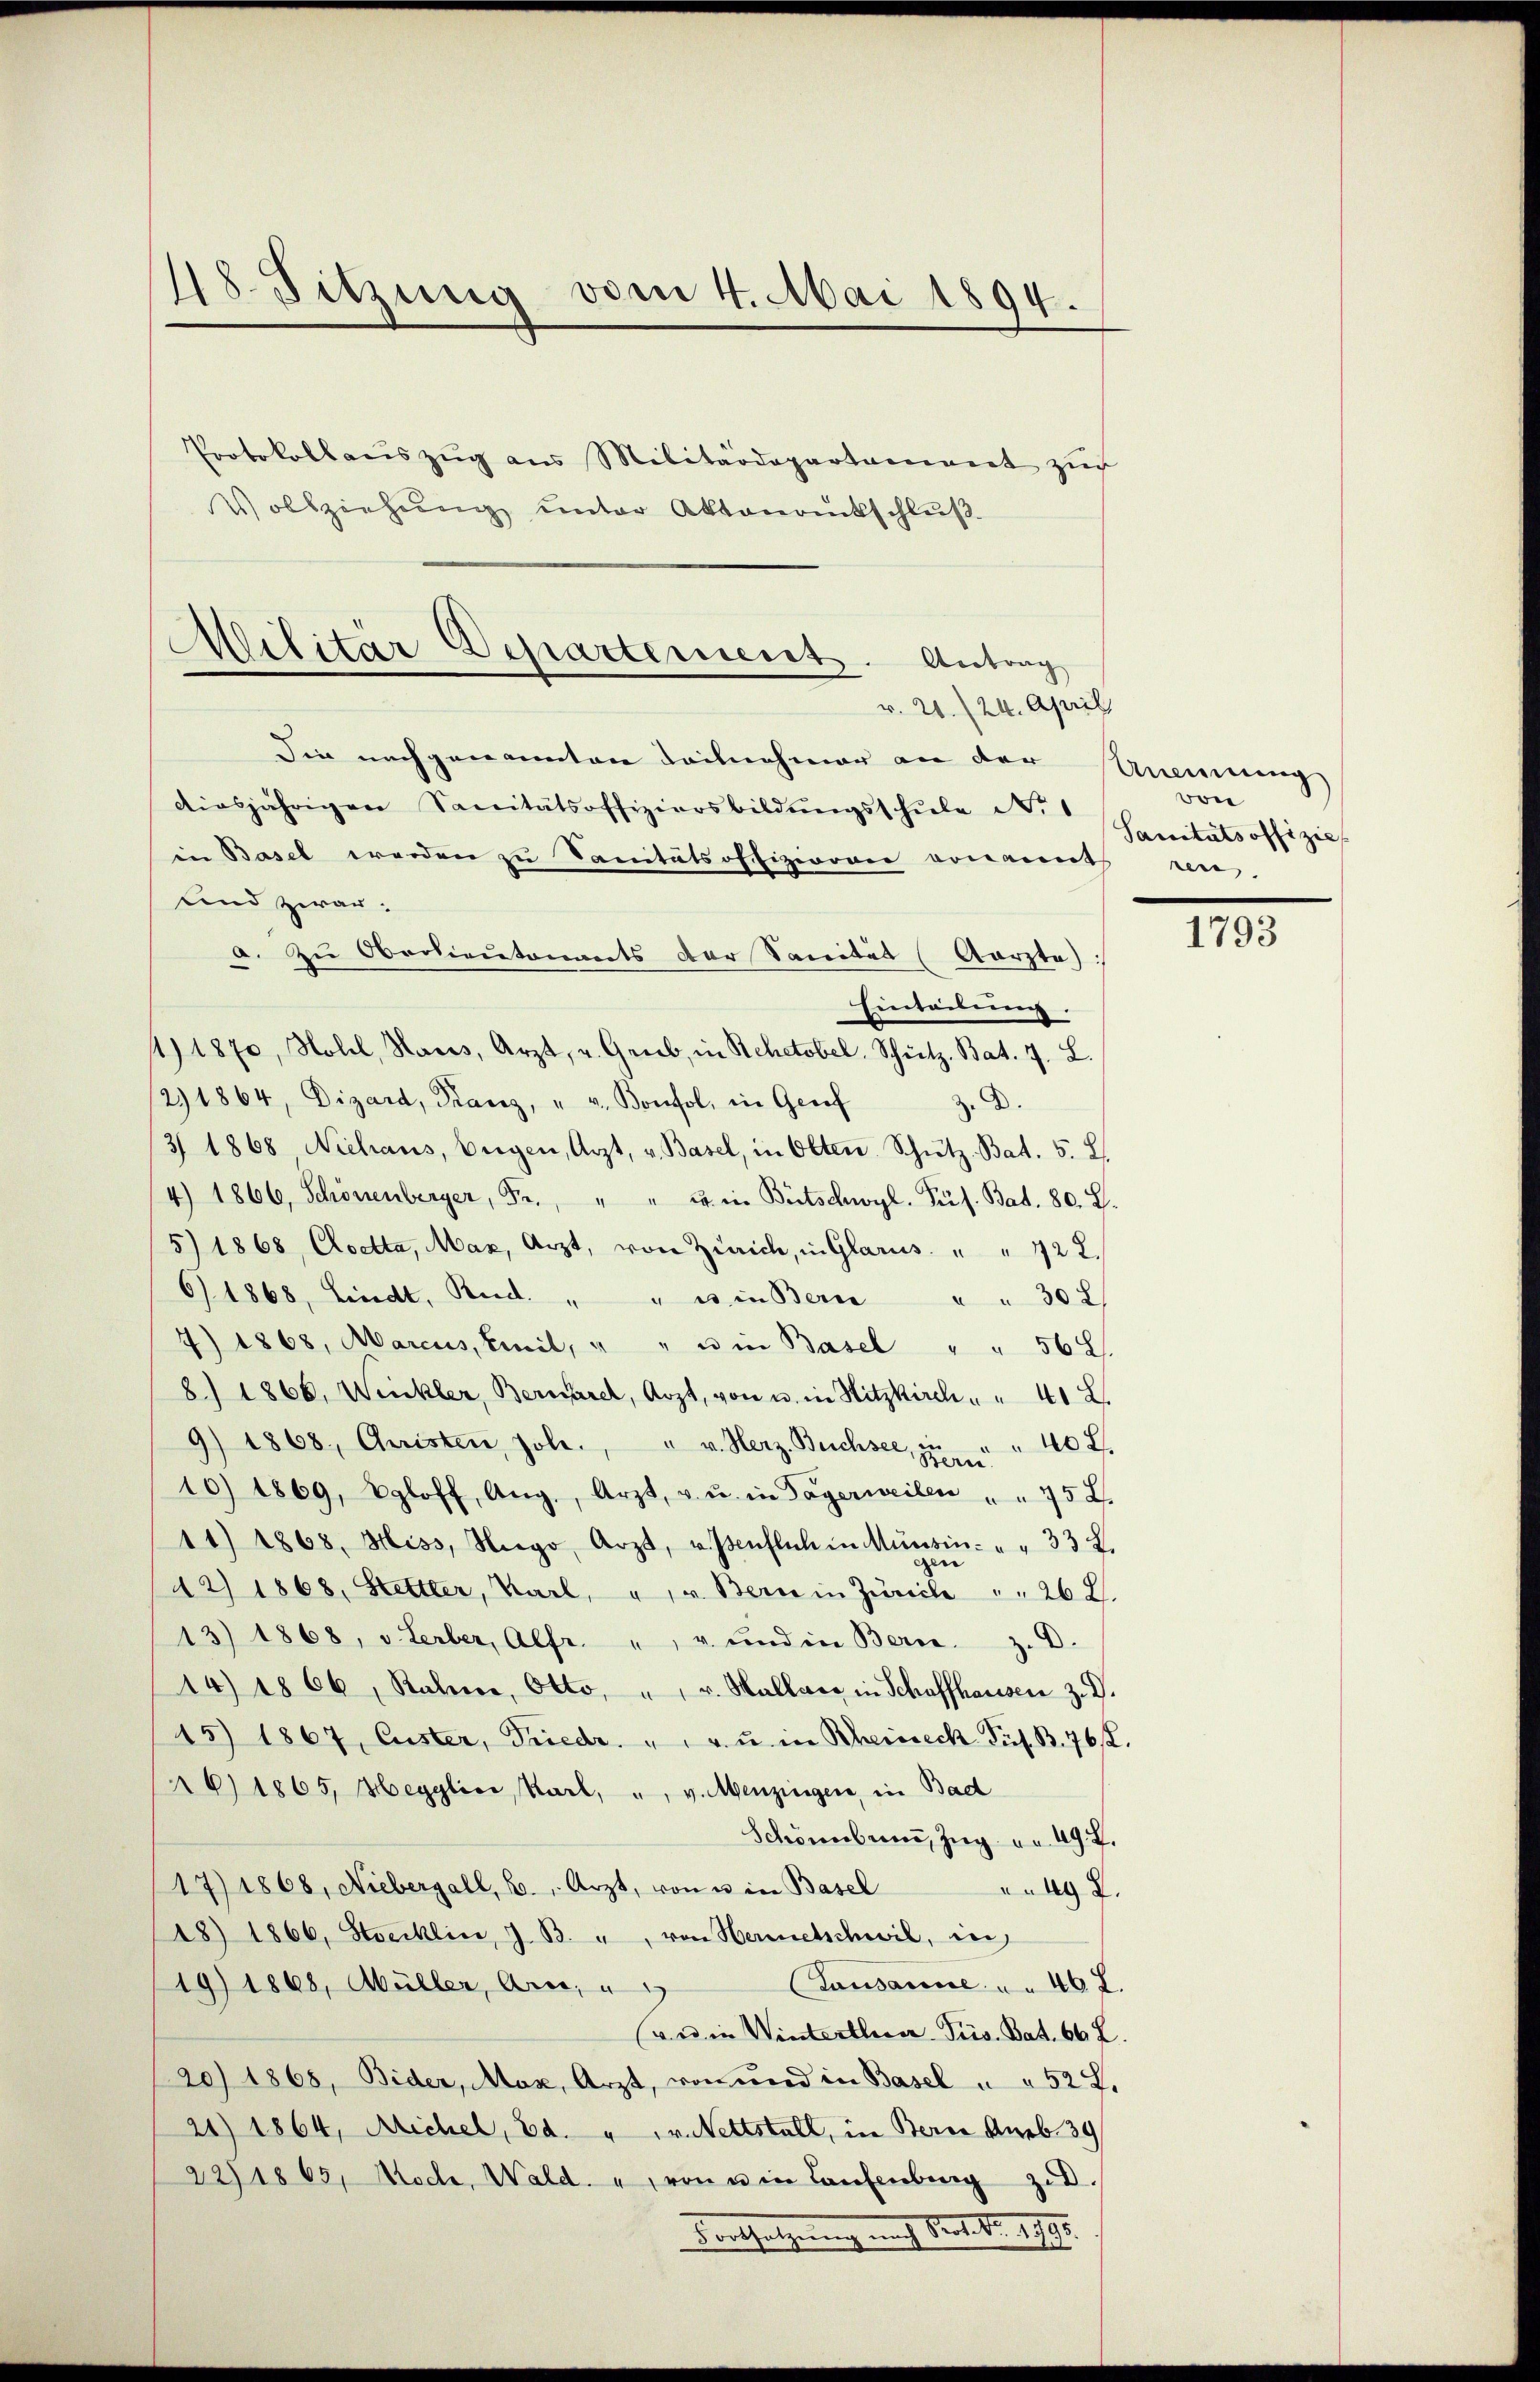
48. Sitzung vom 4. Mai 1894.

Protokollaŭszŭg ans Militärdepartament zŭr
Vollziehung unter Aktenrutschluß

Militär Departement. Antrag
r. 20. (24. April

Sie nachgenannten Teilnehmer an der
diesjährigen Sanitätsoffiziersbildungsschule Nr. 1
in Basel werden zu Sanitätsoffizieren vonamt ren
und zwar:
a. Zu Oberlieutenants der Sanität (Aarzte
Eintribung.
14. 1870, Hotel, Hares, Arzt, u. Grieb, in Rehetobel, Schütz, Bat. 7. L.
12. 1864, Dizard, Franz, " v. Bonfol, in Geref
. D.
/3 1868 Nichaus, Eigen, Arzt, v. Basel, in Olten Schütz-Bat. 5. L.
4) 1866, Schönenberger, Fr., " " in Bütschwyl. Pes. Bat. 80. L.
5) 1868, Cloetta, Mar, Arzt, von Zürich, in Glarus. " " 722.
6 1868, Lindt, Beid. " " es in Berne " " 30 x
4) 1868, Marcus, Emil " " u in Basel " " 56 x
8.) 1866, Winkler, Bernerel, Arzt, von u. in Hitzkirch " " 41 L.
9) 1868, Christen, Jole. " v. Herz. Buchsee, in " " 40 x
10) 1869, Egloff, Aŭg., Arzt, v. u. in Tagerweilen " " 75 x
11) 1868, Hiss, Nego, Arzt, v. Isenflich in Missin " " 33 L.
42) 1868, Stettler, Karl, u. v. Bern in Zürich " " 26 l.
13) 1868, v. Lerber, Alfr. " u. und in Bern. Z. D.
14 1866, Rahne, Otto, " u. Mallers in Schaffhausen z. B.
15) 1867, Custer, Friedr. " " " u. in Rheineck Pit. B. 76 ff.
16) 1865, Hegglioe Karl, ", v. Menzingen, in Bad
Schönbrunn, Zug u. 49. 7.
17) 1868, Niebergall, b. " Arzt, von u. in Basel
97.
18) 1866, Stocklin, J. B. ", von Hermetschwil, in
Bausanne . 46 f.
19) 1868, Müller, Art, u
(ve in Winterthurer-Pris. Bat. 66 f.
20) 1868, Bider, Max, Arzt, von und in Basel u. 252 f.
21) 1864, Michel, Ed. " " v. Nettstall, in Bern Ansb. 39
22) 1865, Noch, Wald. " von u in Laufenburg zu
Fortsetzung nach Vers. S. 1795.

Anung
von
Sanitätsoffizie

1793